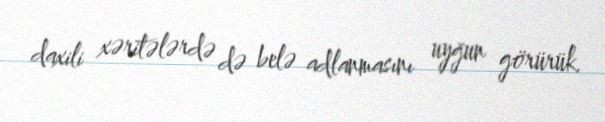
daxili xəritələrdə də belə adlanmasını uyğun görürük.